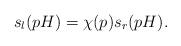
LaTeX: \begin{align*}s_l(pH)=\chi(p) s_r(pH).\end{align*}